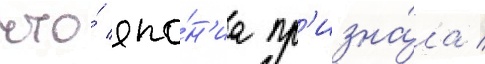
что́ япо́н'иа пр'изна́ла /